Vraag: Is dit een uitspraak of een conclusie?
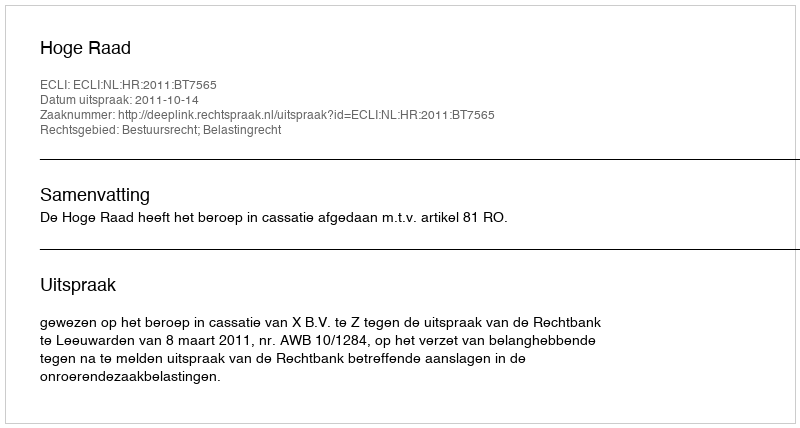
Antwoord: Uitspraak